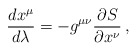
\begin{align*}\frac{dx^{\mu}}{d\lambda}=-g^{\mu\nu}\frac{\partial S}{\partial x^{\nu}}\,,\end{align*}